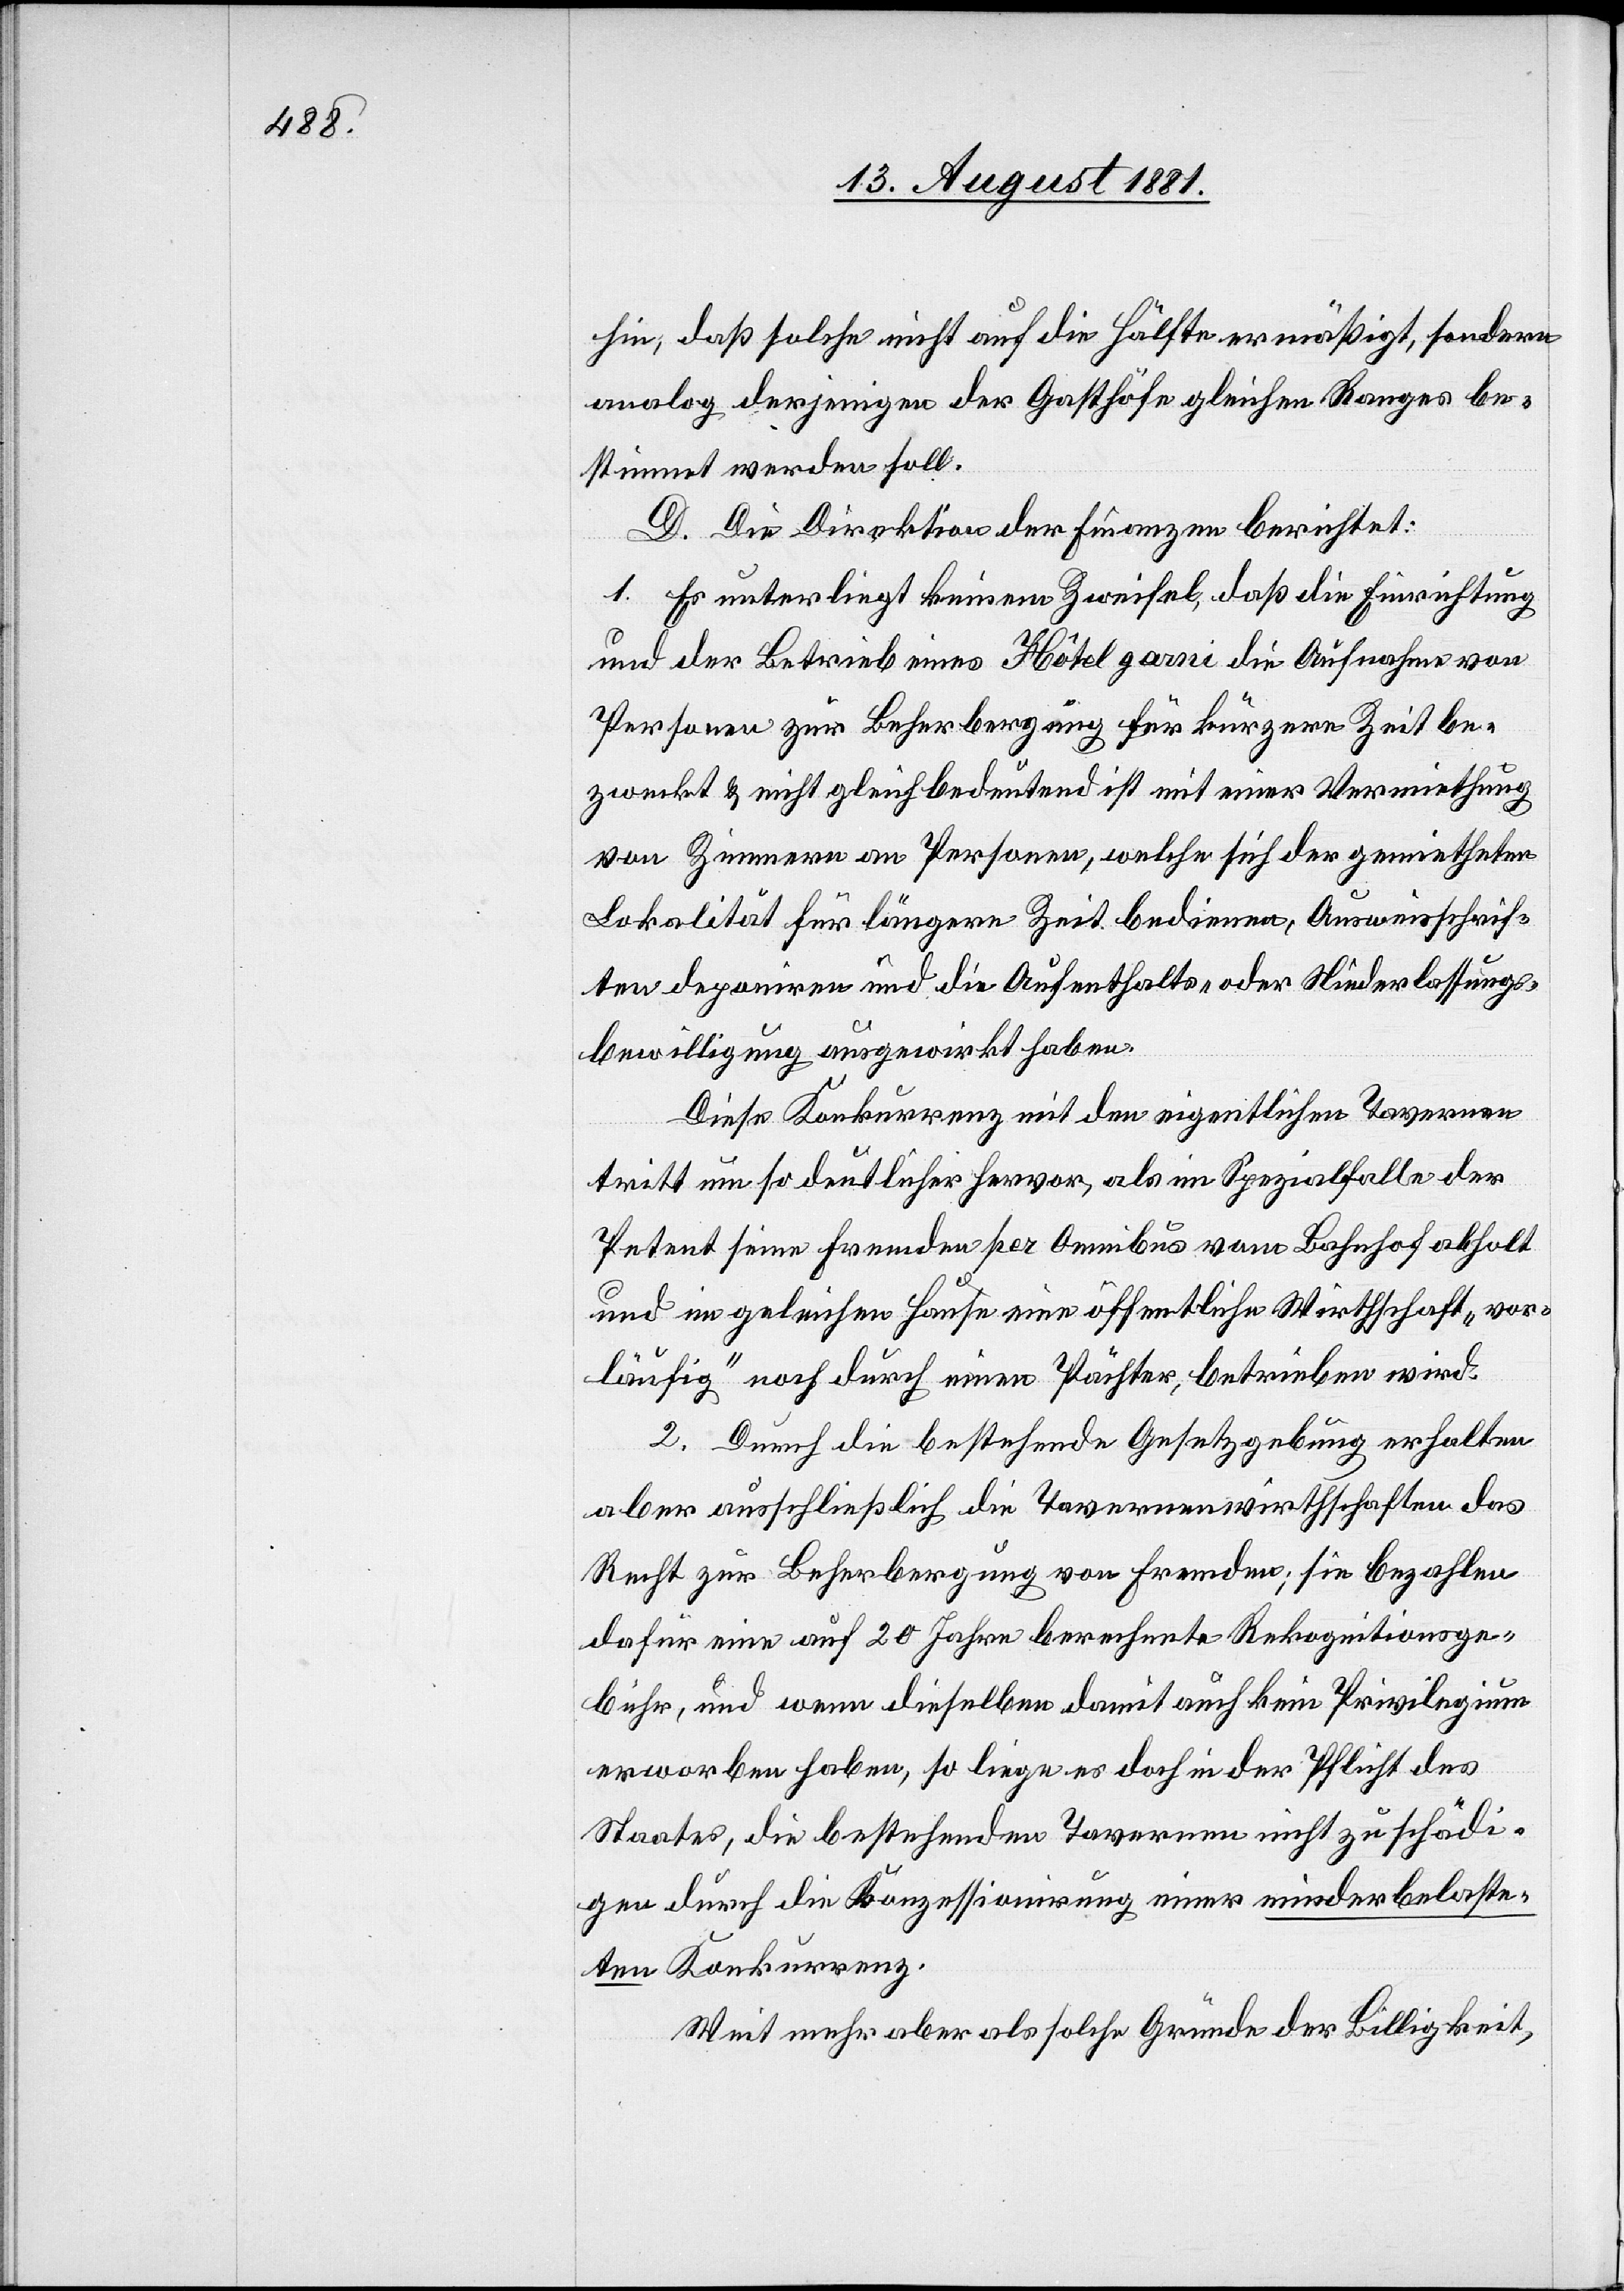
hin, daß solche nicht auf die Hälfte ermäßigt, sondern
analog derjenigen der Gasthöfe gleichen Ranges be¬
stimmt werden soll.
D. Die Direktion der Finanzen berichtet:
1. Es unterliegt keinem Zweifel, daß die Einrichtung
und der Betrieb eines Hôtel garni die Aufnahme von
Personen zur Beherbergung für kürzere Zeit be¬
zweckt & nicht gleichbedeutend ist mit einer Vermiethung
von Zimmern an Personen, welche sich der gemietheten
Lokalität für längere Zeit bedienen, Ausweisschrif¬
ten deponiren und die Aufenthalts- oder Niederlassungs¬
bewilligung ausgewirkt haben.
Diese Konkurrenz mit den eigentlichen Tavernen
tritt um so deutlicher hervor, als im Spezialfalle der
Petent seine Fremden per Omnibus vom Bahnhof abholt
und im gleichen Hause eine öffentliche Wirthschaft „vor¬
läufig“ noch durch einen Pächter, betrieben wird.
2. Durch die bestehende Gesetzgebung erhalten
aber ausschließlich die Tavenenwirthschaften das
Recht zur Beherbergung von Fremden; sie bezahlen
dafür eine auf 20 Jahre berechnete Rekognitionsge¬
bühr, und wenn dieselbe damit auch kein Privilegium
erworben haben, so liegen doch in der Pflicht des
Staates, die bestehenden Tavernen nicht zu schädi¬
gen durch die Konzessionirung einer minderbelaste¬
ten Konkurrenz.
Weit mehr aber als solche Gründe der Billigkeit,